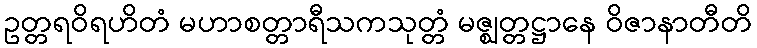
ဥတ္တရဝိရဟိတံ မဟာစတ္တာရီသကသုတ္တံ မဇ္ဈတ္တဋ္ဌာနေ ဝိဇာနာတီတိ